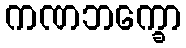
ကဏဘက္ခော